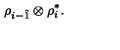
\rho _ { i - \hat { 1 } } \otimes \rho _ { i } ^ { \ast } .